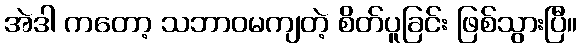
အဲဒါ ကတော့ သဘာဝမကျတဲ့ စိတ်ပူခြင်း ဖြစ်သွားပြီ။